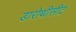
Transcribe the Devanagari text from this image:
डारोथीसीट